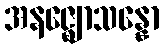
အနဇ္ဈောသန္နော